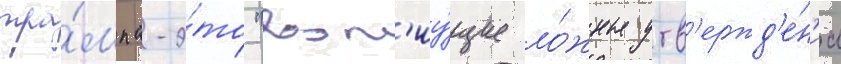
тра́мпа-э́то "воп'иу́щие ло́жные утв'ержд'е́н'иа